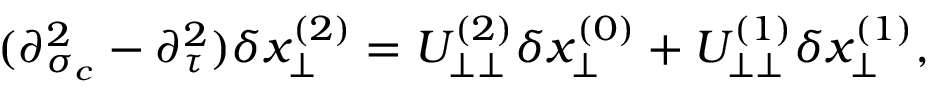
( \partial _ { \sigma _ { c } } ^ { 2 } - \partial _ { \tau } ^ { 2 } ) \delta x _ { \perp } ^ { ( 2 ) } = U _ { \perp \perp } ^ { ( 2 ) } \delta x _ { \perp } ^ { ( 0 ) } + U _ { \perp \perp } ^ { ( 1 ) } \delta x _ { \perp } ^ { ( 1 ) } ,